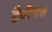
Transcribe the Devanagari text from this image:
हैबीयस